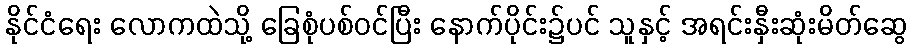
နိုင်ငံရေး လောကထဲသို့ ခြေစုံပစ်ဝင်ပြီး နောက်ပိုင်း၌ပင် သူနှင့် အရင်းနှီးဆုံးမိတ်ဆွေ